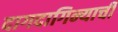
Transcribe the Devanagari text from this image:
दागदागिन्याची